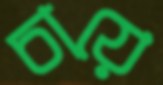
চায়ে